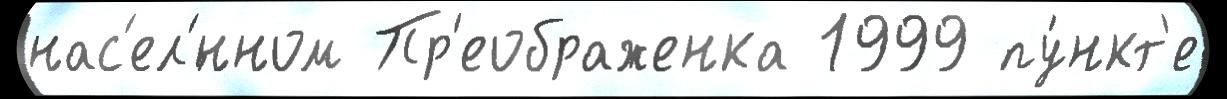
нас'ел'́нном Пр'еображенка 1999 пу́нкт'е